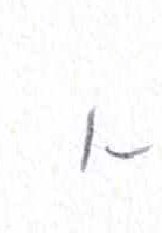
אות: א